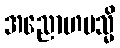
အညောဟမသ္မိ